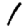
Digit: 1